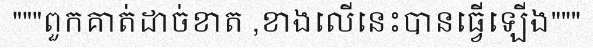
"""ពួកគាត់ដាច់ខាត ,ខាងលើនេះបានធ្វើឡើង"""